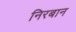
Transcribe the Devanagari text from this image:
निरबान